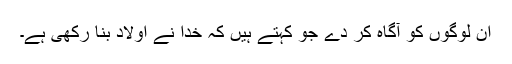
اُن لوگوں کو آگاہ کر دے جو کہتے ہیں کہ خدا نے اولاد بنا رکھی ہے۔